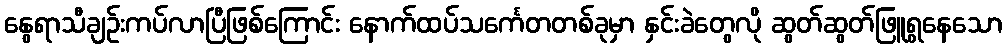
နွေရာသီချဉ်းကပ်လာပြီဖြစ်ကြောင်း နောက်ထပ်သင်္ကေတတစ်ခုမှာ နှင်းခဲတွေလို ဆွတ်ဆွတ်ဖြူရွနေသော